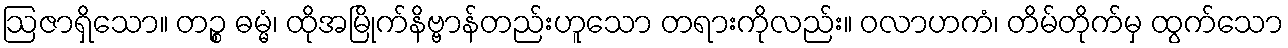
ဩဇာရှိသော။ တဉ္စ ဓမ္မံ၊ ထိုအမြိုက်နိဗ္ဗာန်တည်းဟူသော တရားကိုလည်း။ ဝလာဟကံ၊ တိမ်တိုက်မှ ထွက်သော